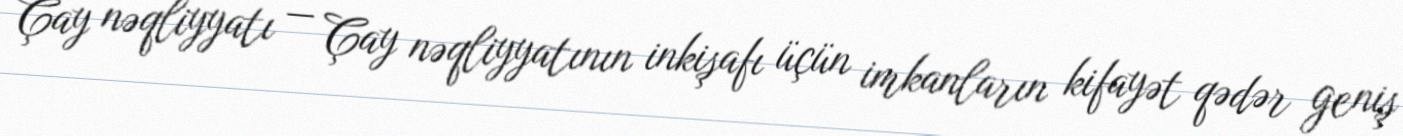
Çay nəqliyyatı — Çay nəqliyyatının inkişafı üçün imkanların kifayət qədər geniş